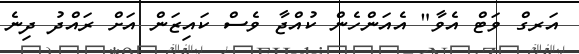
އަރގް ވަޓް އެވާ" އެއަންހެން ކުއްޖާ ވެސް ކައިޒަން އަށް ރައްދު ދިނެ